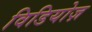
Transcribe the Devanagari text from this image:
विडियोज़